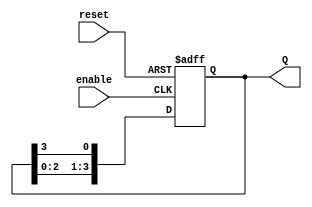
module AsynchronousRingCounter #(
    parameter N = 4  // Number of flip-flops in the ring counter
)(
    input wire reset,     // Asynchronous reset signal
    input wire enable,    // Enable signal to allow counting
    output reg [N-1:0] Q // Output of the ring counter
);

// Internal signal for the next state
reg [N-1:0] next_state;

always @(posedge enable or posedge reset) begin
    if (reset) begin
        // Initialize the counter: set first flip-flop to high
        Q <= 1'b1; // Set the first flip-flop to high
    end else begin
        // Asynchronous operation: Shift the high state
        next_state = {Q[N-2:0], Q[N-1]}; // Shift left and wrap around
        Q <= next_state; // Update the output
    end
end

endmodule